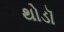
થોડૉ